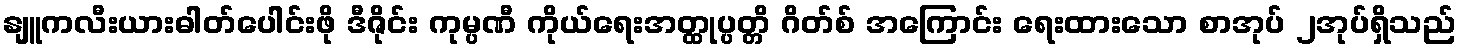
နျူကလီးယားဓါတ်ပေါင်းဖို ဒီဇိုင်း ကုမ္ပဏီ ကိုယ်ရေးအတ္ထုပ္ပတ္တိ ဂိတ်စ် အကြောင်း ရေးထားသော စာအုပ် ၂အုပ်ရှိသည်